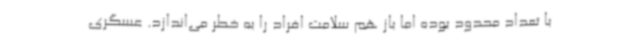
با تعداد محدود بوده اما باز هم سلامت افراد را به خطر می‌اندازد. عسگری